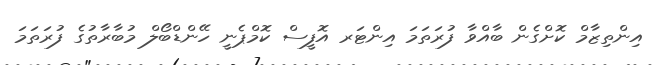
އިންތިޒާމް ކޮށްގެން ބާއްވާ ފުރަތަމަ އިންޓަރ އޮފީސް ކޮމްޕެނީ ހޭންޑްބޯލް މުބާރާތުގެ ފުރަތަމަ